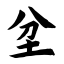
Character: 坌